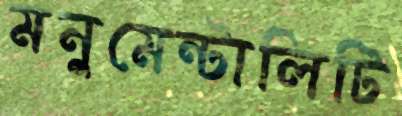
মনুমেন্টালিটি